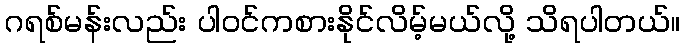
ဂရစ်မန်းလည်း ပါဝင်ကစားနိုင်လိမ့်မယ်လို့ သိရပါတယ်။